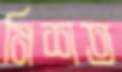
মিশত